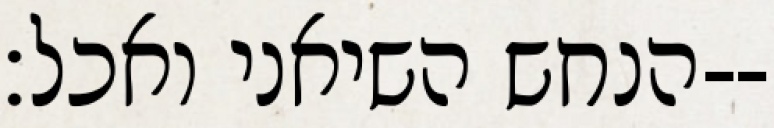
הנחש השיאני ואכל׃--